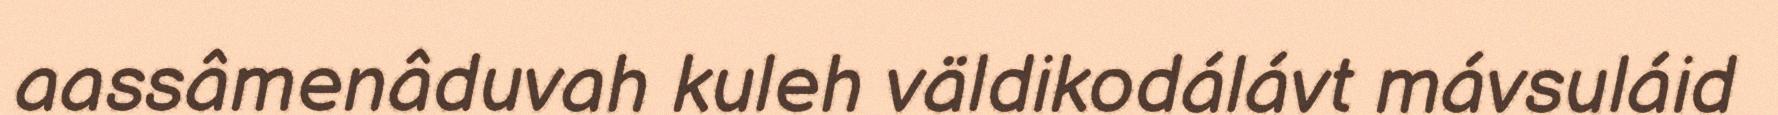
aassâmenâduvah kuleh väldikodálávt mávsuláid